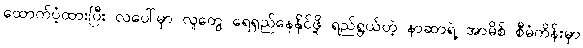
ထောက်ပံ့ထားပြီး လပေါ်မှာ လူတွေ ရေရှည်နေနိုင်ဖို့ ရည်ရွယ်တဲ့ နာဆာရဲ့ အာမိစ် စီမံကိန်းမှာ